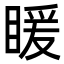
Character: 䁔